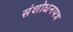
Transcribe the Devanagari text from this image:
संशोधनपत्र